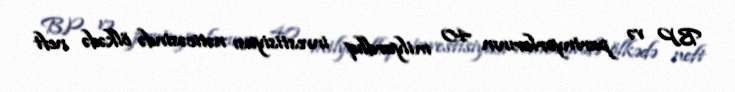
BP və partnyorlarının 40 milyardlıq investisiyası nəticəsində ölkədə neft